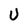
Character: U